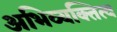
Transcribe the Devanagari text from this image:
अभिव्यक्तित्व